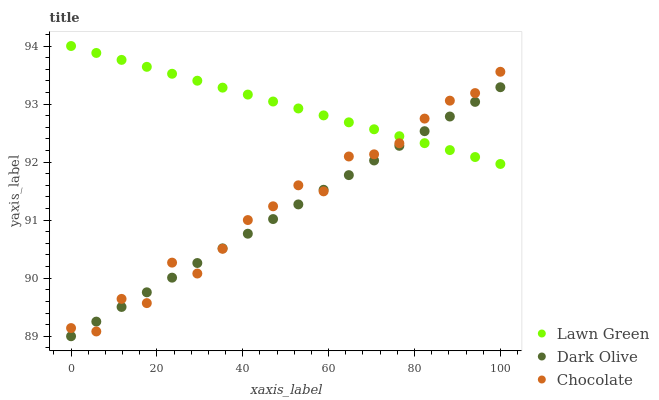
| xaxis_label | Lawn Green | Dark Olive | Chocolate |
 | --- | --- | --- | --- |
 | 0 | 94 | 89 | 89.1 |
 | 5.88 | 93.9 | 89.3 | 89.1 |
 | 11.8 | 93.8 | 89.5 | 89.6 |
 | 17.6 | 93.6 | 89.8 | 89.6 |
 | 23.5 | 93.5 | 90 | 90.3 |
 | 29.4 | 93.4 | 90.3 | 90.1 |
 | 35.3 | 93.3 | 90.5 | 90.5 |
 | 41.2 | 93.2 | 90.8 | 91 |
 | 47.1 | 93 | 91 | 91.2 |
 | 52.9 | 92.9 | 91.3 | 91.6 |
 | 58.8 | 92.8 | 91.5 | 91.5 |
 | 64.7 | 92.7 | 91.8 | 92.1 |
 | 70.6 | 92.6 | 92 | 92.1 |
 | 76.5 | 92.4 | 92.3 | 92.3 |
 | 82.4 | 92.3 | 92.5 | 92.7 |
 | 88.2 | 92.2 | 92.8 | 93.1 |
 | 94.1 | 92.1 | 93 | 93.2 |
 | 100 | 92 | 93.3 | 93.6 |